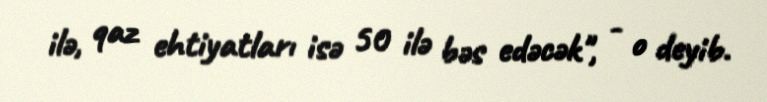
ilə, qaz ehtiyatları isə 50 ilə bəs edəcək", - o deyib.